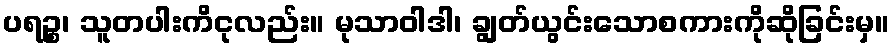
ပရဉ္စ၊ သူတပါးကိငုလည်း။ မုသာဝါဒါ၊ ချွတ်ယွင်းသောစကားကိုဆိုခြင်းမှ။